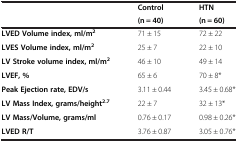
| <ROWSPAN=2>  | Control | HTN |
 | (n = 40) | (n = 60) |
 | --- | --- | --- |
 | LVED Volume index, ml/m2 | 71 ± 15 | 72 ± 22 |
 | LVES Volume index, ml/m2 | 25 ± 7 | 22 ± 10 |
 | LV Stroke volume index, ml/m2 | 46 ± 10 | 49 ± 14 |
 | LVEF, % | 65 ± 6 | 70 ± 8* |
 | Peak Ejection rate, EDV/s | 3.11 ± 0.44 | 3.45 ± 0.68* |
 | LV Mass Index, grams/height2.7 | 22 ± 7 | 32 ± 13* |
 | LV Mass/Volume, grams/ml | 0.76 ± 0.17 | 0.98 ± 0.26* |
 | LVED R/T | 3.76 ± 0.87 | 3.05 ± 0.76* |